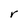
Character: r